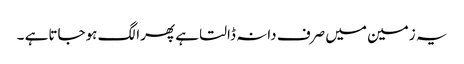
یہ زمین میں صرف دانہ ڈالتا ہے پھرا لگ ہوجاتاہے ۔